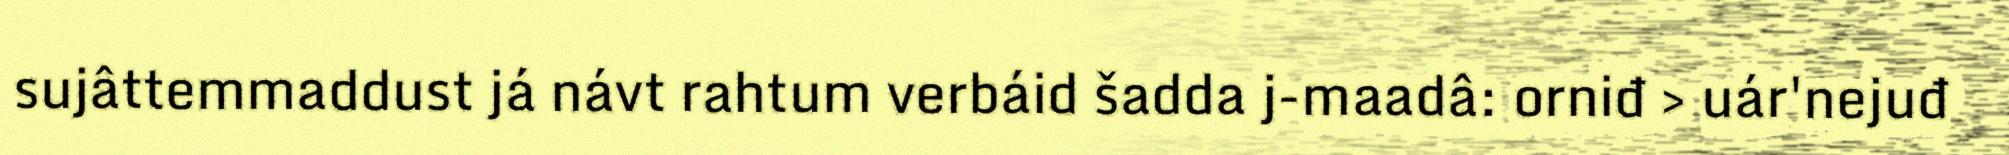
sujâttemmaddust já návt rahtum verbáid šadda j-maadâ: orniđ > uár'nejuđ